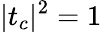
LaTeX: |t_{c}|^{2}=1